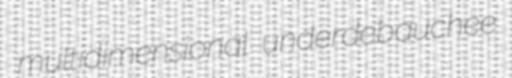
multidimensional underdebauchee